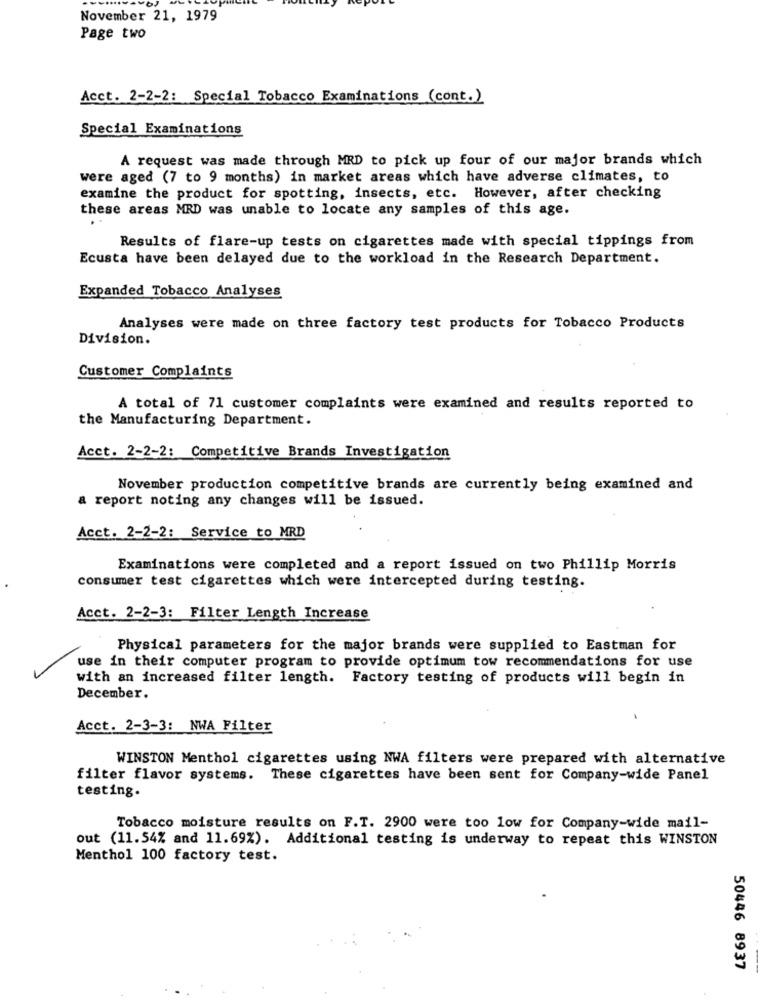
November 21, 1979
Page two
Acct. 2-2-2: Special Tobacco Examinations (cont.)
Special Examinations
A request was made through MRD to pick up four of our major brands which
were aged (7 to 9 months) in market areas which have adverse climates, to
examine the product for spotting, insects, etc. However, after checking
these areas MRD was unable to locate any samples of this age.
Results of flare-up tests on cigarettes made with special tippings from
Ecusta have been delayed due to the workload in the Research Department.
Expanded Tobacco Analyses
Analyses were made on three factory test products for Tobacco Products
Division.
Customer Complaints
A total of 71 customer complaints were examined and results reported to
the Manufacturing Department.
Acct. 2-2-2: Competitive Brands Investigation
November production competitive brands are currently being examined and
a report noting any changes will be issued.
Acct. 2-2-2: Service to MRD
Examinations were completed and a report issued on two Phillip Morris
consumer test cigarettes which were intercepted during testing.
Acct. 2-2-3: Filter Length Increase
Physical parameters for the major brands were supplied to Eastman for
use in their computer program to provide optimum tow recommendations for use
with an increased filter length. Factory testing of products will begin in
December.
1
Acct. 2-3-3: NWA Filter
WINSTON Menthol cigarettes using NWA filters were prepared with alternative
filter flavor systems. These cigarettes have been sent for Company-wide Panel
testing.
Tobacco moisture results on F.T. 2900 were too low for Company-wide mail-
out (11.54% and 11.69%). Additional testing is underway to repeat this WINSTON
Menthol 100 factory test.
50446 8937